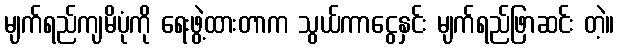
မျက်ရည်ကျမိပုံကို ရေးဖွဲ့ထားတာက သွယ်ကာငွေနှင်း မျက်ရည်ဖြာဆင်း တဲ့။